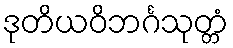
ဒုတိယဝိဘင်္ဂသုတ္တံ